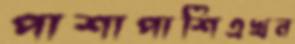
পাশাপাশিএখন